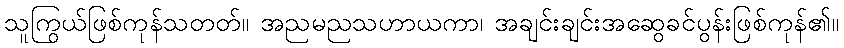
သူကြွယ်ဖြစ်ကုန်သတတ်။ အညမညသဟာယကာ၊ အချင်းချင်းအဆွေခင်ပွန်းဖြစ်ကုန်၏။